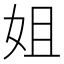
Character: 姐